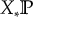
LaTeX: X _ { * } \mathbb { P }